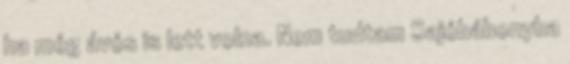
ha még ávós is lett volna. Nem tudtam Sajóbábonyba